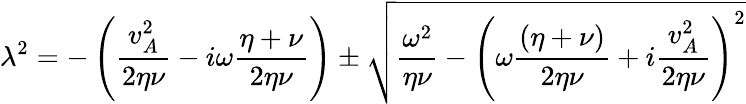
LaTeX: \lambda^{2}=-\left(\frac{v_{A}^{2}}{2\eta\nu}-i\omega\frac{\eta+\nu}{2\eta\nu}\right)\pm\sqrt{\frac{\omega^{2}}{\eta\nu}-\left(\omega\frac{(\eta+\nu)}{2\eta\nu}+i\frac{v_{A}^{2}}{2\eta\nu}\right)^{2}}